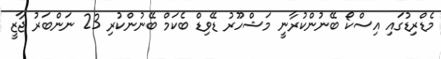
މެޑްރިޑުގައި އިސްކޯ ބޭނުންކުރާނީ މަޝްހޫރު ޑޭވިޑް ބެކަމް ބޭނުންކުރި 23 ނަންބަރު ޖާޒީ